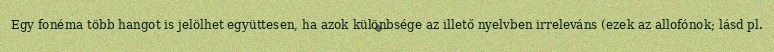
Egy fonéma több hangot is jelölhet együttesen, ha azok különbsége az illető nyelvben irreleváns (ezek az allofónok; lásd pl.